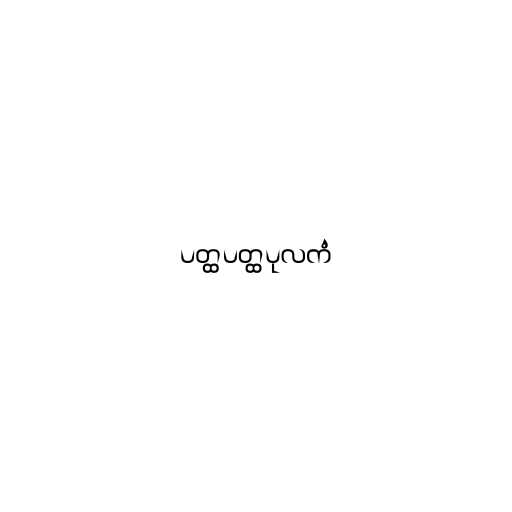
ပတ္ထပတ္ထပုလကံ